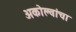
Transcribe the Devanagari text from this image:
अकोल्वांचा